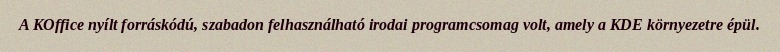
A KOffice nyílt forráskódú, szabadon felhasználható irodai programcsomag volt, amely a KDE környezetre épül.